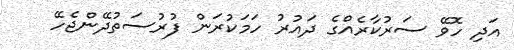
އަދި ހޮވޭ ސަރުކާރެއްގެ ދައުރު ހަމަކުރަން ފުރުސަތުދޭންޖެހޭ